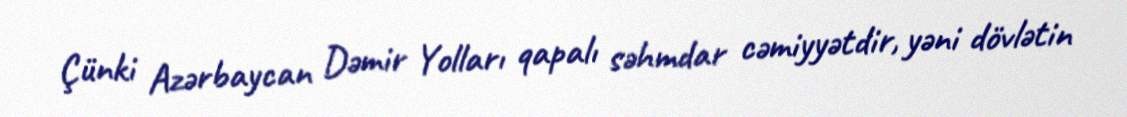
Çünki Azərbaycan Dəmir Yolları qapalı səhmdar cəmiyyətdir, yəni dövlətin